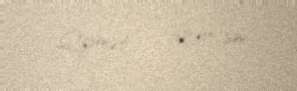
Qiymət — 101,17 sm